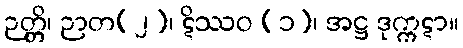
ဉတ္တိ၊ ဉာတ(၂)၊ ဋိဿဝ (၁)၊ အဋ္ဌ ဒုက္ကဋာ။